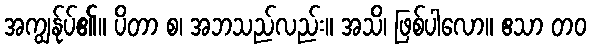
အကျွန်ုပ်၏။ ပိတာ စ၊ အဘသည်လည်း။ အသိ၊ ဖြစ်ပါလော။ ဧသာ တဝ